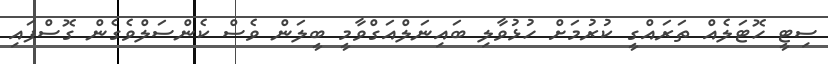
ސިޓީ ހޮޓަލެއް ތަރައްގީ ކުރުމަށް ހުޅުވާލި ބައިނަލްއަގްވާމީ ބީލަން ވެސް ކެންސަލްވެގެން ގޮސްފައި